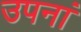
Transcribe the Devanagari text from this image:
उपनां